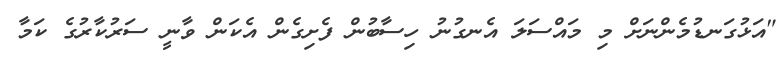
"އަޅުގަނޑުމެންނަށް މި މައްސަލަ އެނގުނު ހިސާބުން ފެށިގެން އެކަން ވާނީ ސަރުކާރުގެ ކަމާ